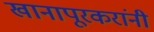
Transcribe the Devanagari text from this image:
खानापूरकरांनी